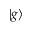
\vert g \rangle